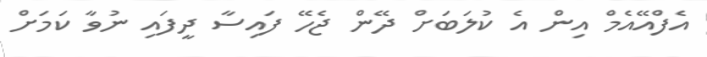
އެފްއޭއެމް އިން އެ ކުލަބަށް ދޭން ޖެހޭ ފައިސާ ދީފައި ނުވާ ކަމަށް